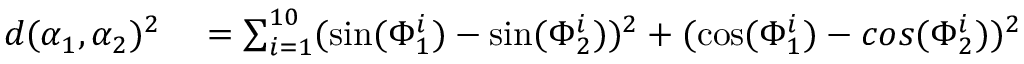
\begin{array} { r l } { d ( \alpha _ { 1 } , \alpha _ { 2 } ) ^ { 2 } } & { { } = \sum _ { i = 1 } ^ { 1 0 } ( \sin ( \Phi _ { 1 } ^ { i } ) - \sin ( \Phi _ { 2 } ^ { i } ) ) ^ { 2 } + ( \cos ( \Phi _ { 1 } ^ { i } ) - c o s ( \Phi _ { 2 } ^ { i } ) ) ^ { 2 } } \end{array}